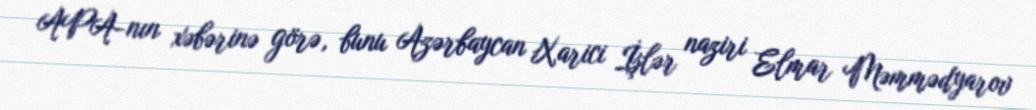
APA-nın xəbərinə görə, bunu Azərbaycan Xarici İşlər naziri Elmar Məmmədyarov